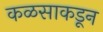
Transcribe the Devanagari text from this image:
कळसाकडून